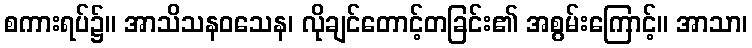
စကားရပ်၌။ အာသိသနဝသေန၊ လိုချင်တောင့်တခြင်း၏ အစွမ်းကြောင့်။ အာသာ၊